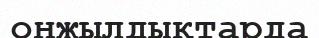
онжылдықтарда